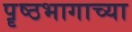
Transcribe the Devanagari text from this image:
पॄष्ठभागाच्या